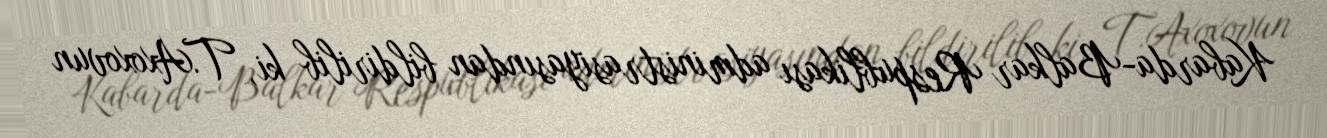
Kabarda-Balkar Respublikası administrasiyasından bildirilib ki, T.Axoxovun